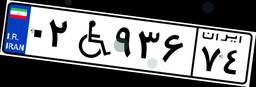
۰۲W۹۳۶۷۴